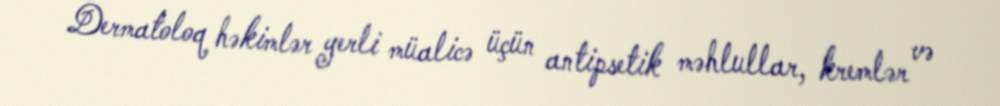
Dermatoloq həkimlər yerli müalicə üçün antipsetik məhlullar, kremlər və